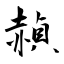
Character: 赬